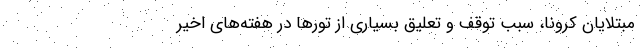
مبتلایان کرونا، سبب توقف و تعلیق بسیاری از تورها در هفته‌های اخیر